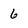
Character: 6